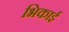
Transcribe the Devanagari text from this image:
भिकाई